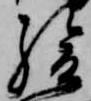
駿